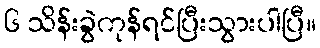
၆ သိန်းခွဲကုန်ရင်ပြီးသွားပါပြီ။